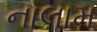
નાલામ